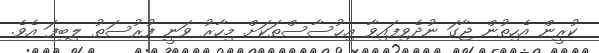
ކުރީން އެހިތުން ޖާގަ ނުދެވިފައިވާ އިޙުސާސްތަކަށް މިހާރު ވަނީ ފުރުސަތު ލިބިފަ އެވެ.